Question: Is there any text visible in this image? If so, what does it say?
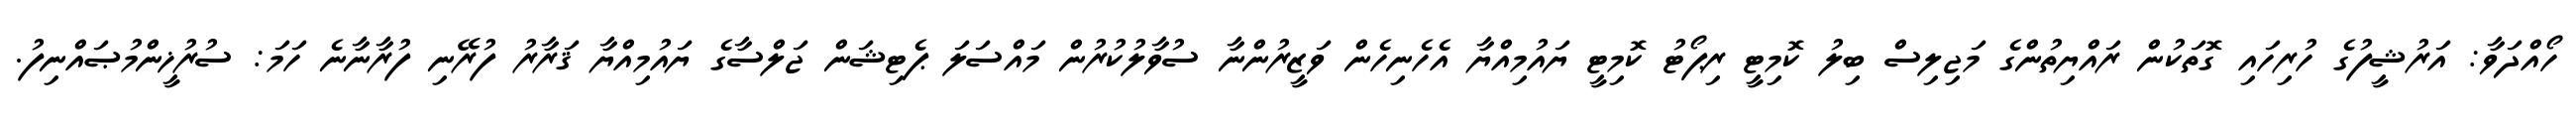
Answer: ހޯއްދަވާ: އަރުޝީފުގެ ހުރިހައި ގޮތަކުން ރައްޔިތުންގެ މަޖިލިސް ބިލު ކޮމިޓީ ރިޕޯޓު ކޮމިޓީ ޔައުމިއްޔާ އެހެނިހެން ވަޒީރުންނާ ސުވާލުކުރުން މައްސަލަ ޕެޓިޝަން ޖަލްސާގެ ޔައުމިއްޔާ ޤަރާރު ފުރޭނި ފުރާނާނެ ހަމަ: ސުރުޚީންމުޞައްނިފު.